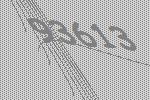
93613